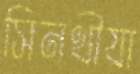
সিনথীয়া